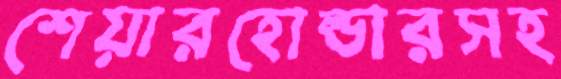
শেয়ারহোল্ডারসহ